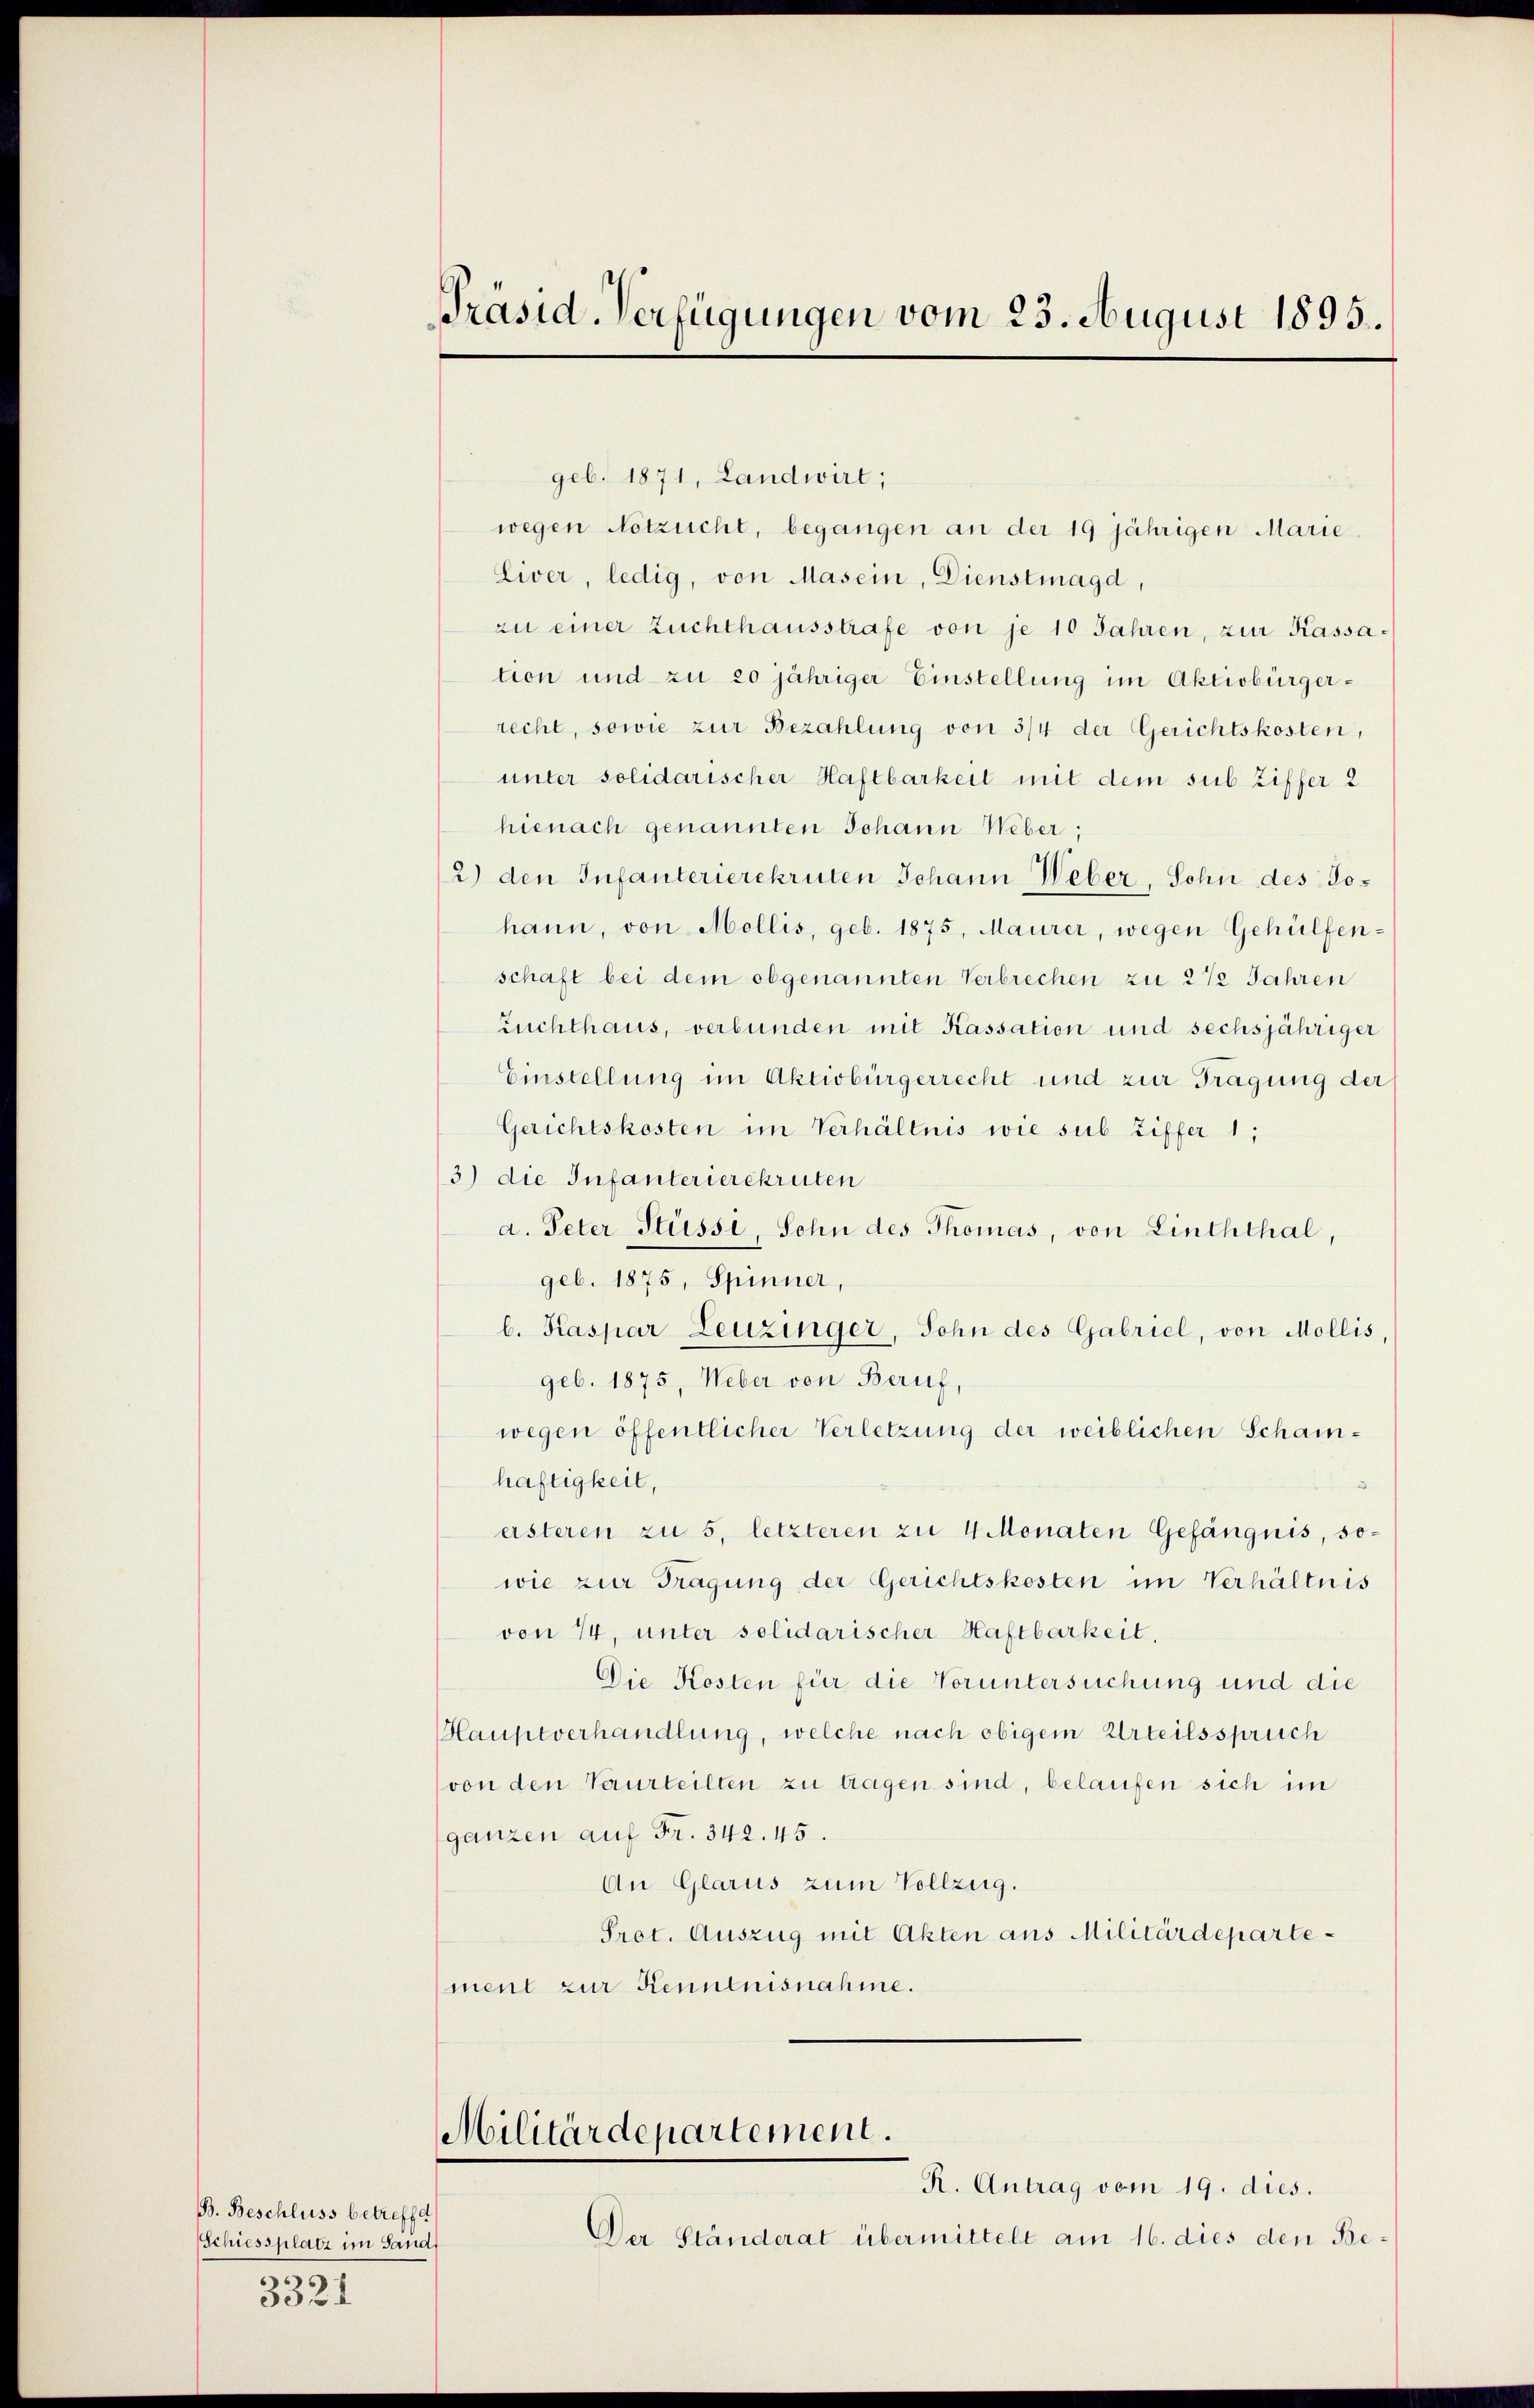
B. Beschluss betreffet
Schiessplatz im Sand
e
3321

Präsid. Verfügungen vom 23. August 1895.

geb. 1871, Landwirt;
wegen Notzucht, begangen an der 19 jährigen Marie
Liver, ledig, von Masein, Dienstmagd,
zu einer Zuchthausstrafe von je 10 Jahren, zur Kassation und zu 20 jähriger Einstellung im Aktivbürgerrecht, sowie zur Bezahlung von 3/4 der Gerichtskosten,
unter solidarischer Haftbarkeit mit dem sub Ziffer 2
hienach genannten Johann Weber,
2) den Infanterierekruten Johann Weber, Sohn des Johann, von Mollis, geb. 1875, Maurer, wegen Gehülfen-
schaft bei dem obgenannten Verbrechen zu 2 1/2 Jahren
Zuchthaus, verbunden mit Kassation und sechsjähriger
Einstellung im Aktivbürgerrecht und zur Tragung der
Gerichtskosten im Verhältnis wie sub. Ziffer 1,
3) die Infanterierekruten
a. Peter Stüsse, Sohn des Thomas, von Linththal,
geb. 1875, Spinner,
b. Kaspar Leuzinger, Sohn des Gabriel, von Mollis,
geb. 1875, Weber von Beruf,
wegen öffentlicher Verletzung der weiblichen Schamhäftigkeit,
ersteren zu 5, letzteren zu 4 Monaten Gefängnis, sowie zur Tragung der Gerichtskosten im Verhältnis
von 14, unter solidarischer Haftbarkeit,
Die Kosten für die Voruntersuchung und die
Hauptverhandlung, welche nach obigem Urteilsspruch
von den Verurteilten zu tragen sind, belaufen sich im
ganzen auf Fr. 342. 45.
An Glarus zum Vollzug.
Pret. Auszug mit Akten aus Militärdepartement zur Kenntnisnahme.

Militärdepartement.

R. Antrag vom 19. dies.
Der Ständerat übermittelt am 16. dies den Be¬